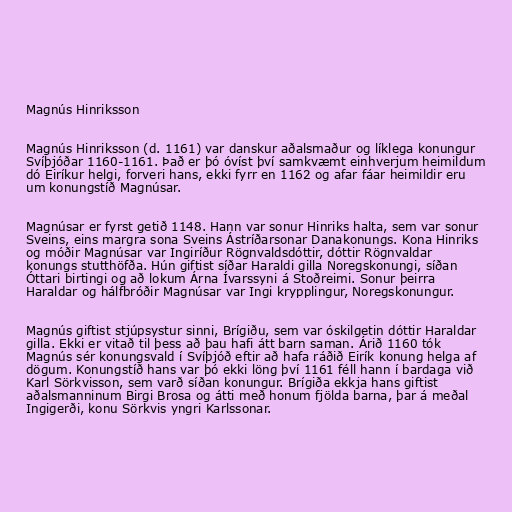
Magnús Hinriksson

Magnús Hinriksson (d. 1161) var danskur aðalsmaður og líklega konungur
Svíþjóðar 1160-1161. Það er þó óvíst því samkvæmt einhverjum heimildum
dó Eiríkur helgi, forveri hans, ekki fyrr en 1162 og afar fáar heimildir eru
um konungstíð Magnúsar.

Magnúsar er fyrst getið 1148. Hann var sonur Hinriks halta, sem var sonur
Sveins, eins margra sona Sveins Ástríðarsonar Danakonungs. Kona Hinriks
og móðir Magnúsar var Ingiríður Rögnvaldsdóttir, dóttir Rögnvaldar
konungs stutthöfða. Hún giftist síðar Haraldi gilla Noregskonungi, síðan
Óttari birtingi og að lokum Árna Ívarssyni á Stoðreimi. Sonur þeirra
Haraldar og hálfbróðir Magnúsar var Ingi krypplingur, Noregskonungur.

Magnús giftist stjúpsystur sinni, Brígiðu, sem var óskilgetin dóttir Haraldar
gilla. Ekki er vitað til þess að þau hafi átt barn saman. Árið 1160 tók
Magnús sér konungsvald í Svíþjóð eftir að hafa ráðið Eirík konung helga af
dögum. Konungstíð hans var þó ekki löng því 1161 féll hann í bardaga við
Karl Sörkvisson, sem varð síðan konungur. Brígiða ekkja hans giftist
aðalsmanninum Birgi Brosa og átti með honum fjölda barna, þar á meðal
Ingigerði, konu Sörkvis yngri Karlssonar.